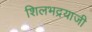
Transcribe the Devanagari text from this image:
शिलभद्रयाजी